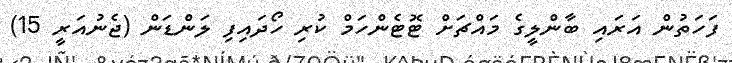
ފަހަތުން އަރައި ބާންލީގެ މައްޗަށް ޓޮޓެންހަމް ކުރި ހޯދައިފި ލަންޑަން (ޖެނުއަރީ 15)